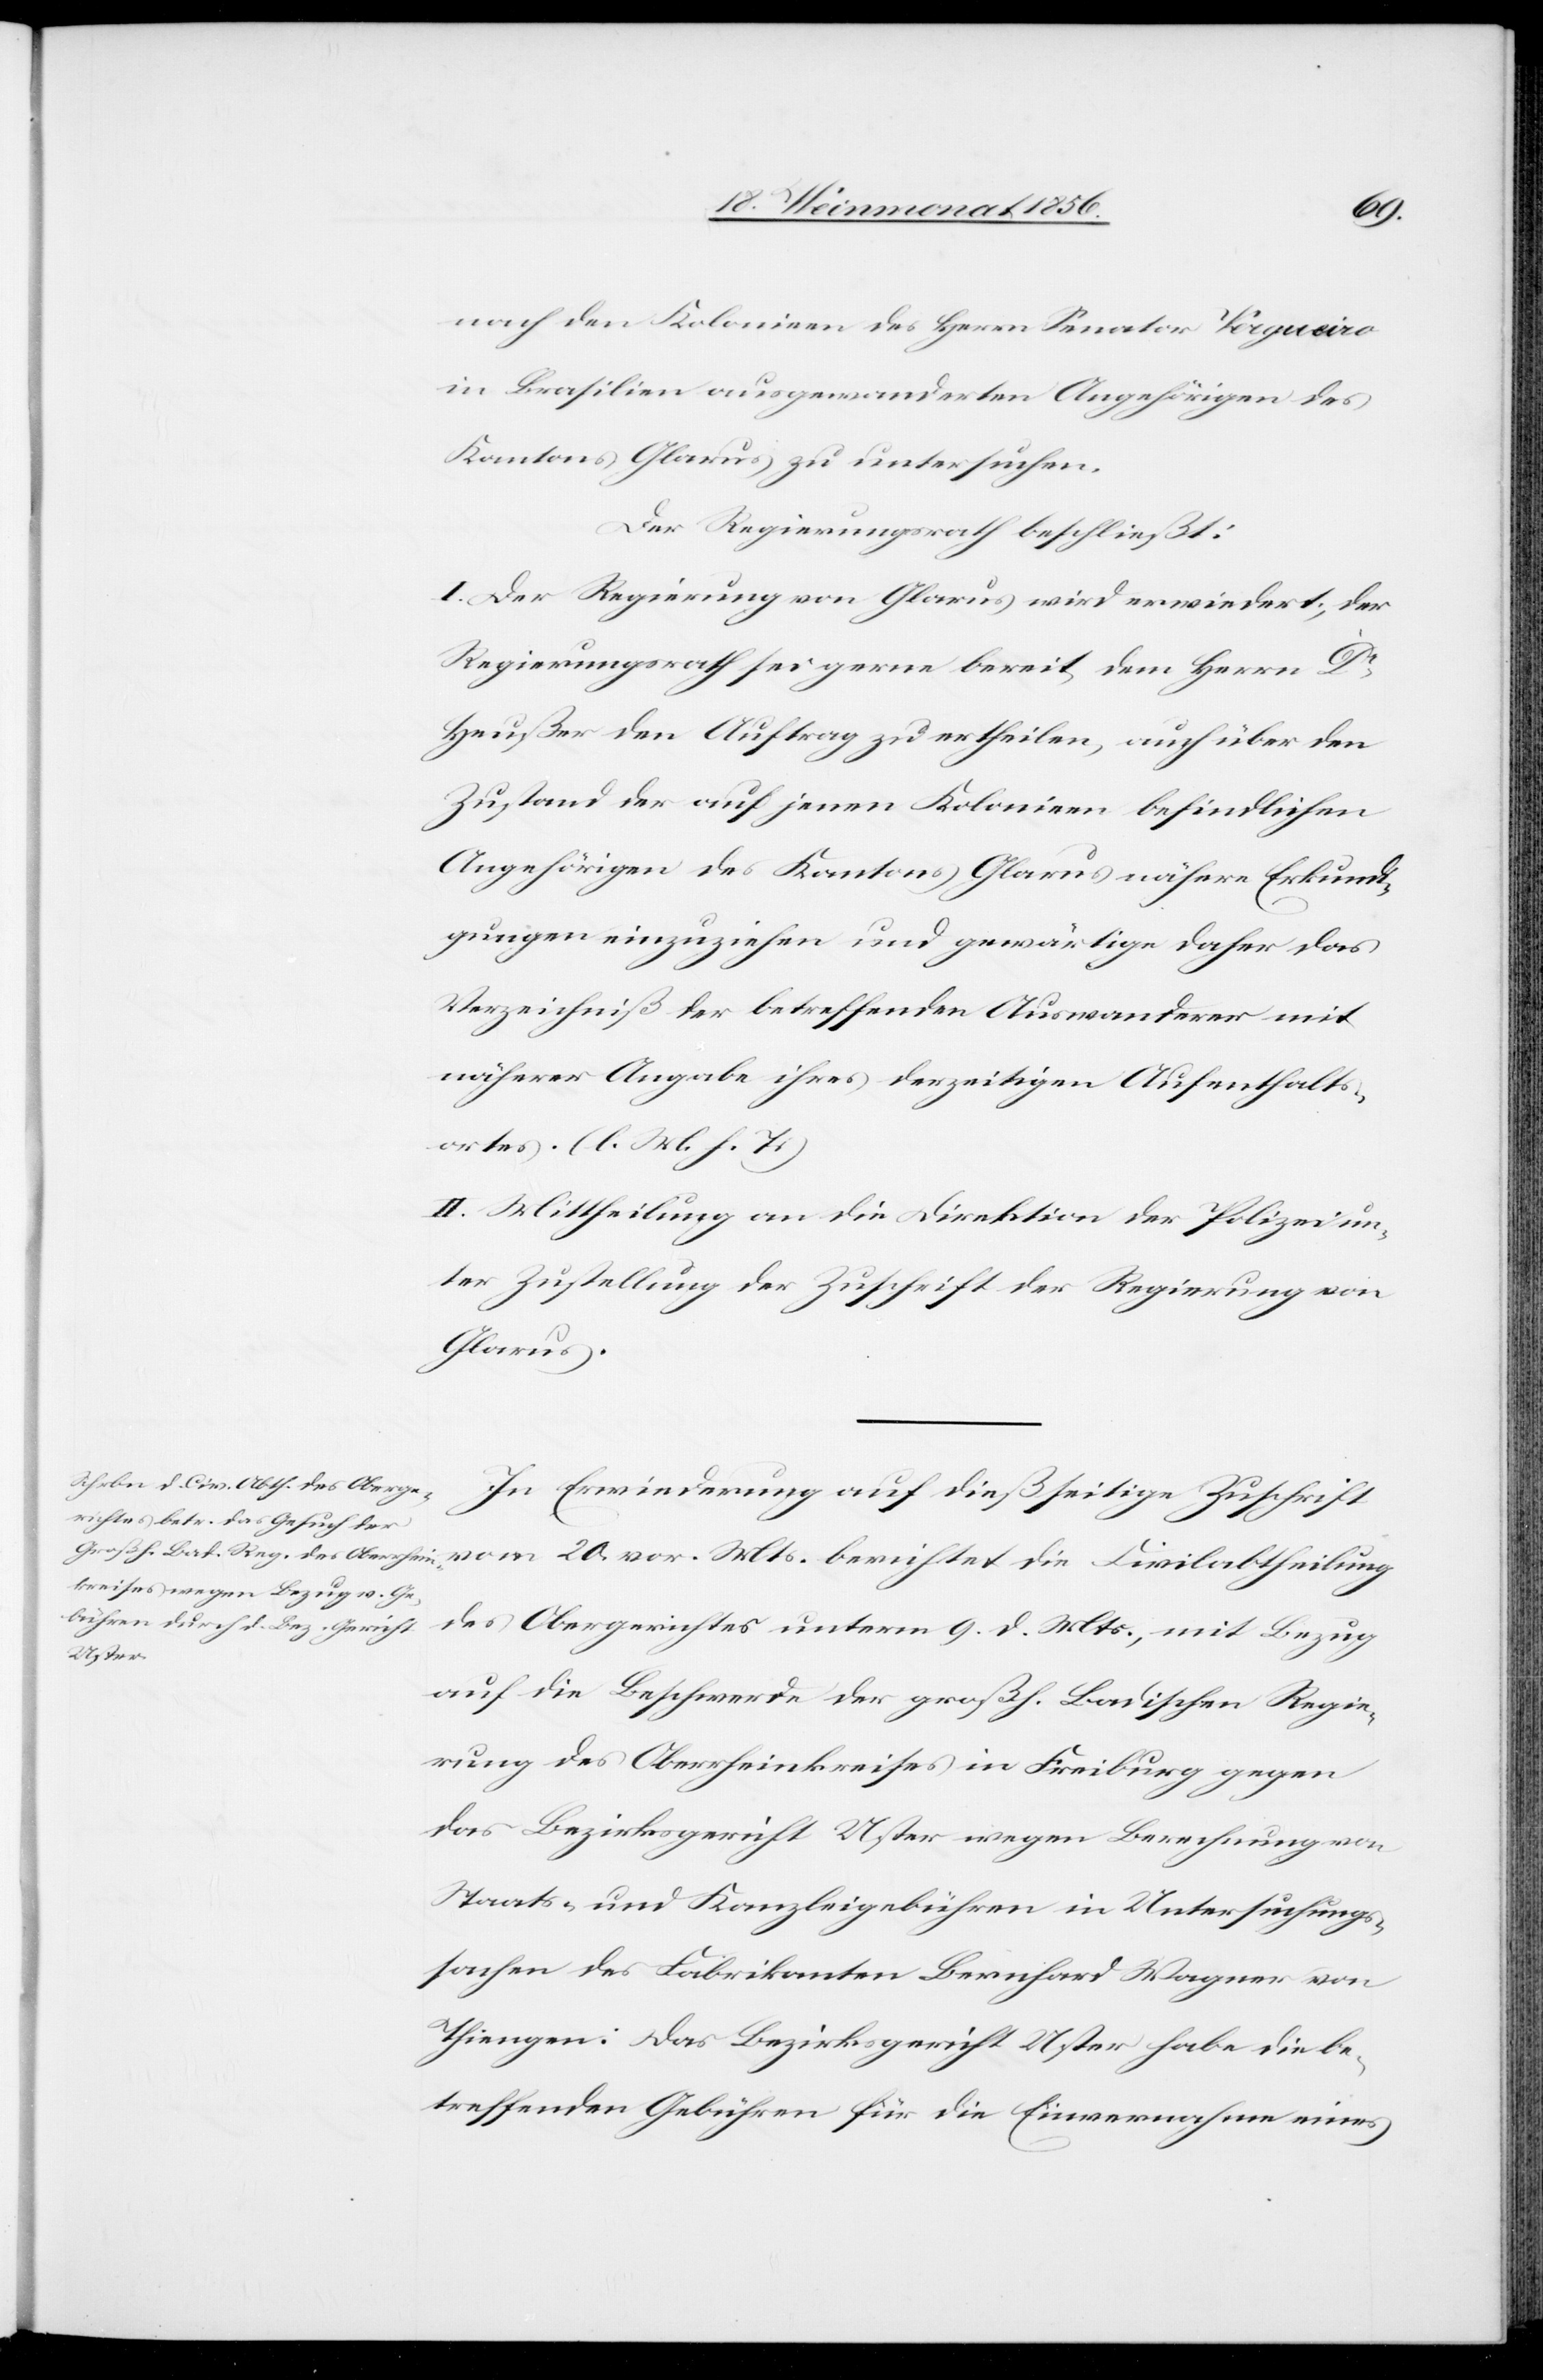
des
nach den Kolonieen des Herrn Senator Vergueiro
in Brasilien ausgewanderten Angehörigen des
Kantons Glarus zu untersuchen.
Der Regierungsrath beschließt:
I. Der Regierung von Glarus wird erwiedert, der
Regierungsrath sei gerne bereit dem Herrn Dr
Heußer den Auftrag zu ertheilen, auch über den
Zustand der auf jenen Kolonieen befindlichen
Angehörigen des Kantons Glarus nähere Erkundi¬
gungen einzuziehen und gewärtige daher das
Verzeichniß der betreffenden Auswanderer mit
näherer Angabe ihres derzeitigen Aufenthalts¬
ortes. (l. M. h. T.)
II. Mittheilung an die Direktion der Polizei un¬
ter Zustellung der Zuschrift der Regierung von
Glarus.
In Erwiederung auf dießseitige Zuschrift
vom 20. vor. Mts. berichtet die Civilabtheilung
unterm
auf die Beschwerde der großh. Badischen Regie¬
rung des Oberrheinkreises in Freiburg gegen
das Bezirksgericht Uster wegen Berechnung von
Staats- und Kanzleigebühren in Untersuchungs¬
sachen des Fabrikanten Bernhard Wagner von
Thiengen: Das Bezirksgericht Uster habe die be¬
treffenden Gebühren für die Einvernahme eines